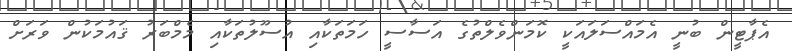
އެޕާޓީން ބުނީ އެމައްސަލައަކީ ކޮމަންވެލްތުގެ އަސާސީ ހަމަތަކާއި އުސޫލުތަކާއި މެމްބަރު ޤައުމަކުން ވަރަށް